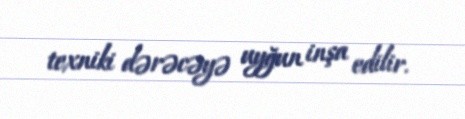
texniki dərəcəyə uyğun inşa edilir.